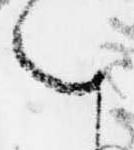
を